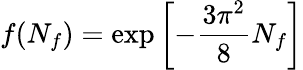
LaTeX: f(N_{f})=\exp\left[-{\frac{3\pi^{2}}{8}}N_{f}\right]